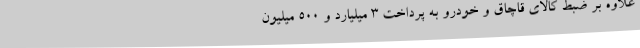
علاوه ‌بر ضبط کالای قاچاق و خودرو به پرداخت 3 میلیارد و 500 میلیون